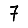
Digit: 7